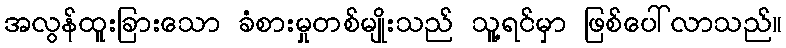
အလွန်ထူးခြားသော ခံစားမှုတစ်မျိုးသည် သူ့ရင်မှာ ဖြစ်ပေါ်လာသည်။